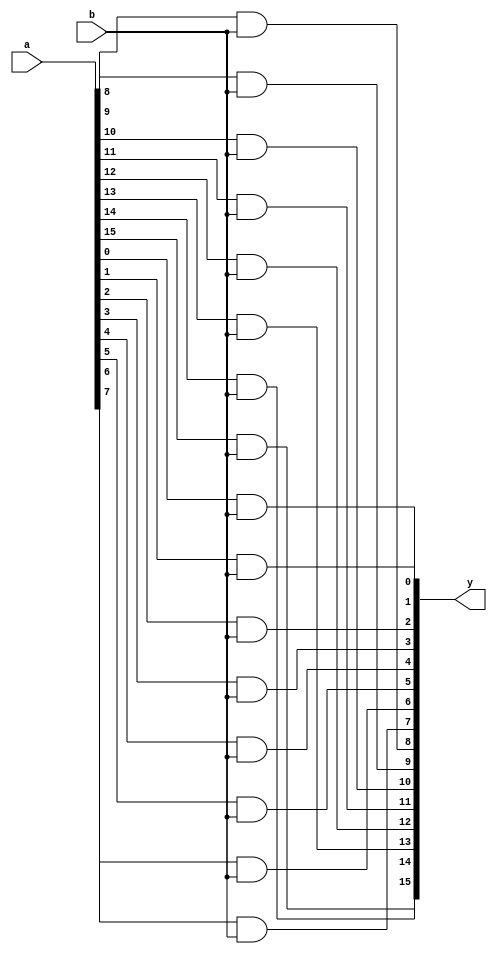
module multiandgate(input[15:0] a,input b, output[15:0] y);
	and a0(y[0],a[0],b);
	and a1(y[1],a[1],b);
	and a2(y[2],a[2],b);
	and a3(y[3],a[3],b);
	and a4(y[4],a[4],b);
	and a5(y[5],a[5],b);
	and a6(y[6],a[6],b);
	and a7(y[7],a[7],b);
	and a8(y[8],a[8],b);
	and a9(y[9],a[9],b);
	and a10(y[10],a[10],b);
	and a11(y[11],a[11],b);
	and a12(y[12],a[12],b);
	and a13(y[13],a[13],b);
	and a14(y[14],a[14],b);
	and a15(y[15],a[15],b);
endmodule